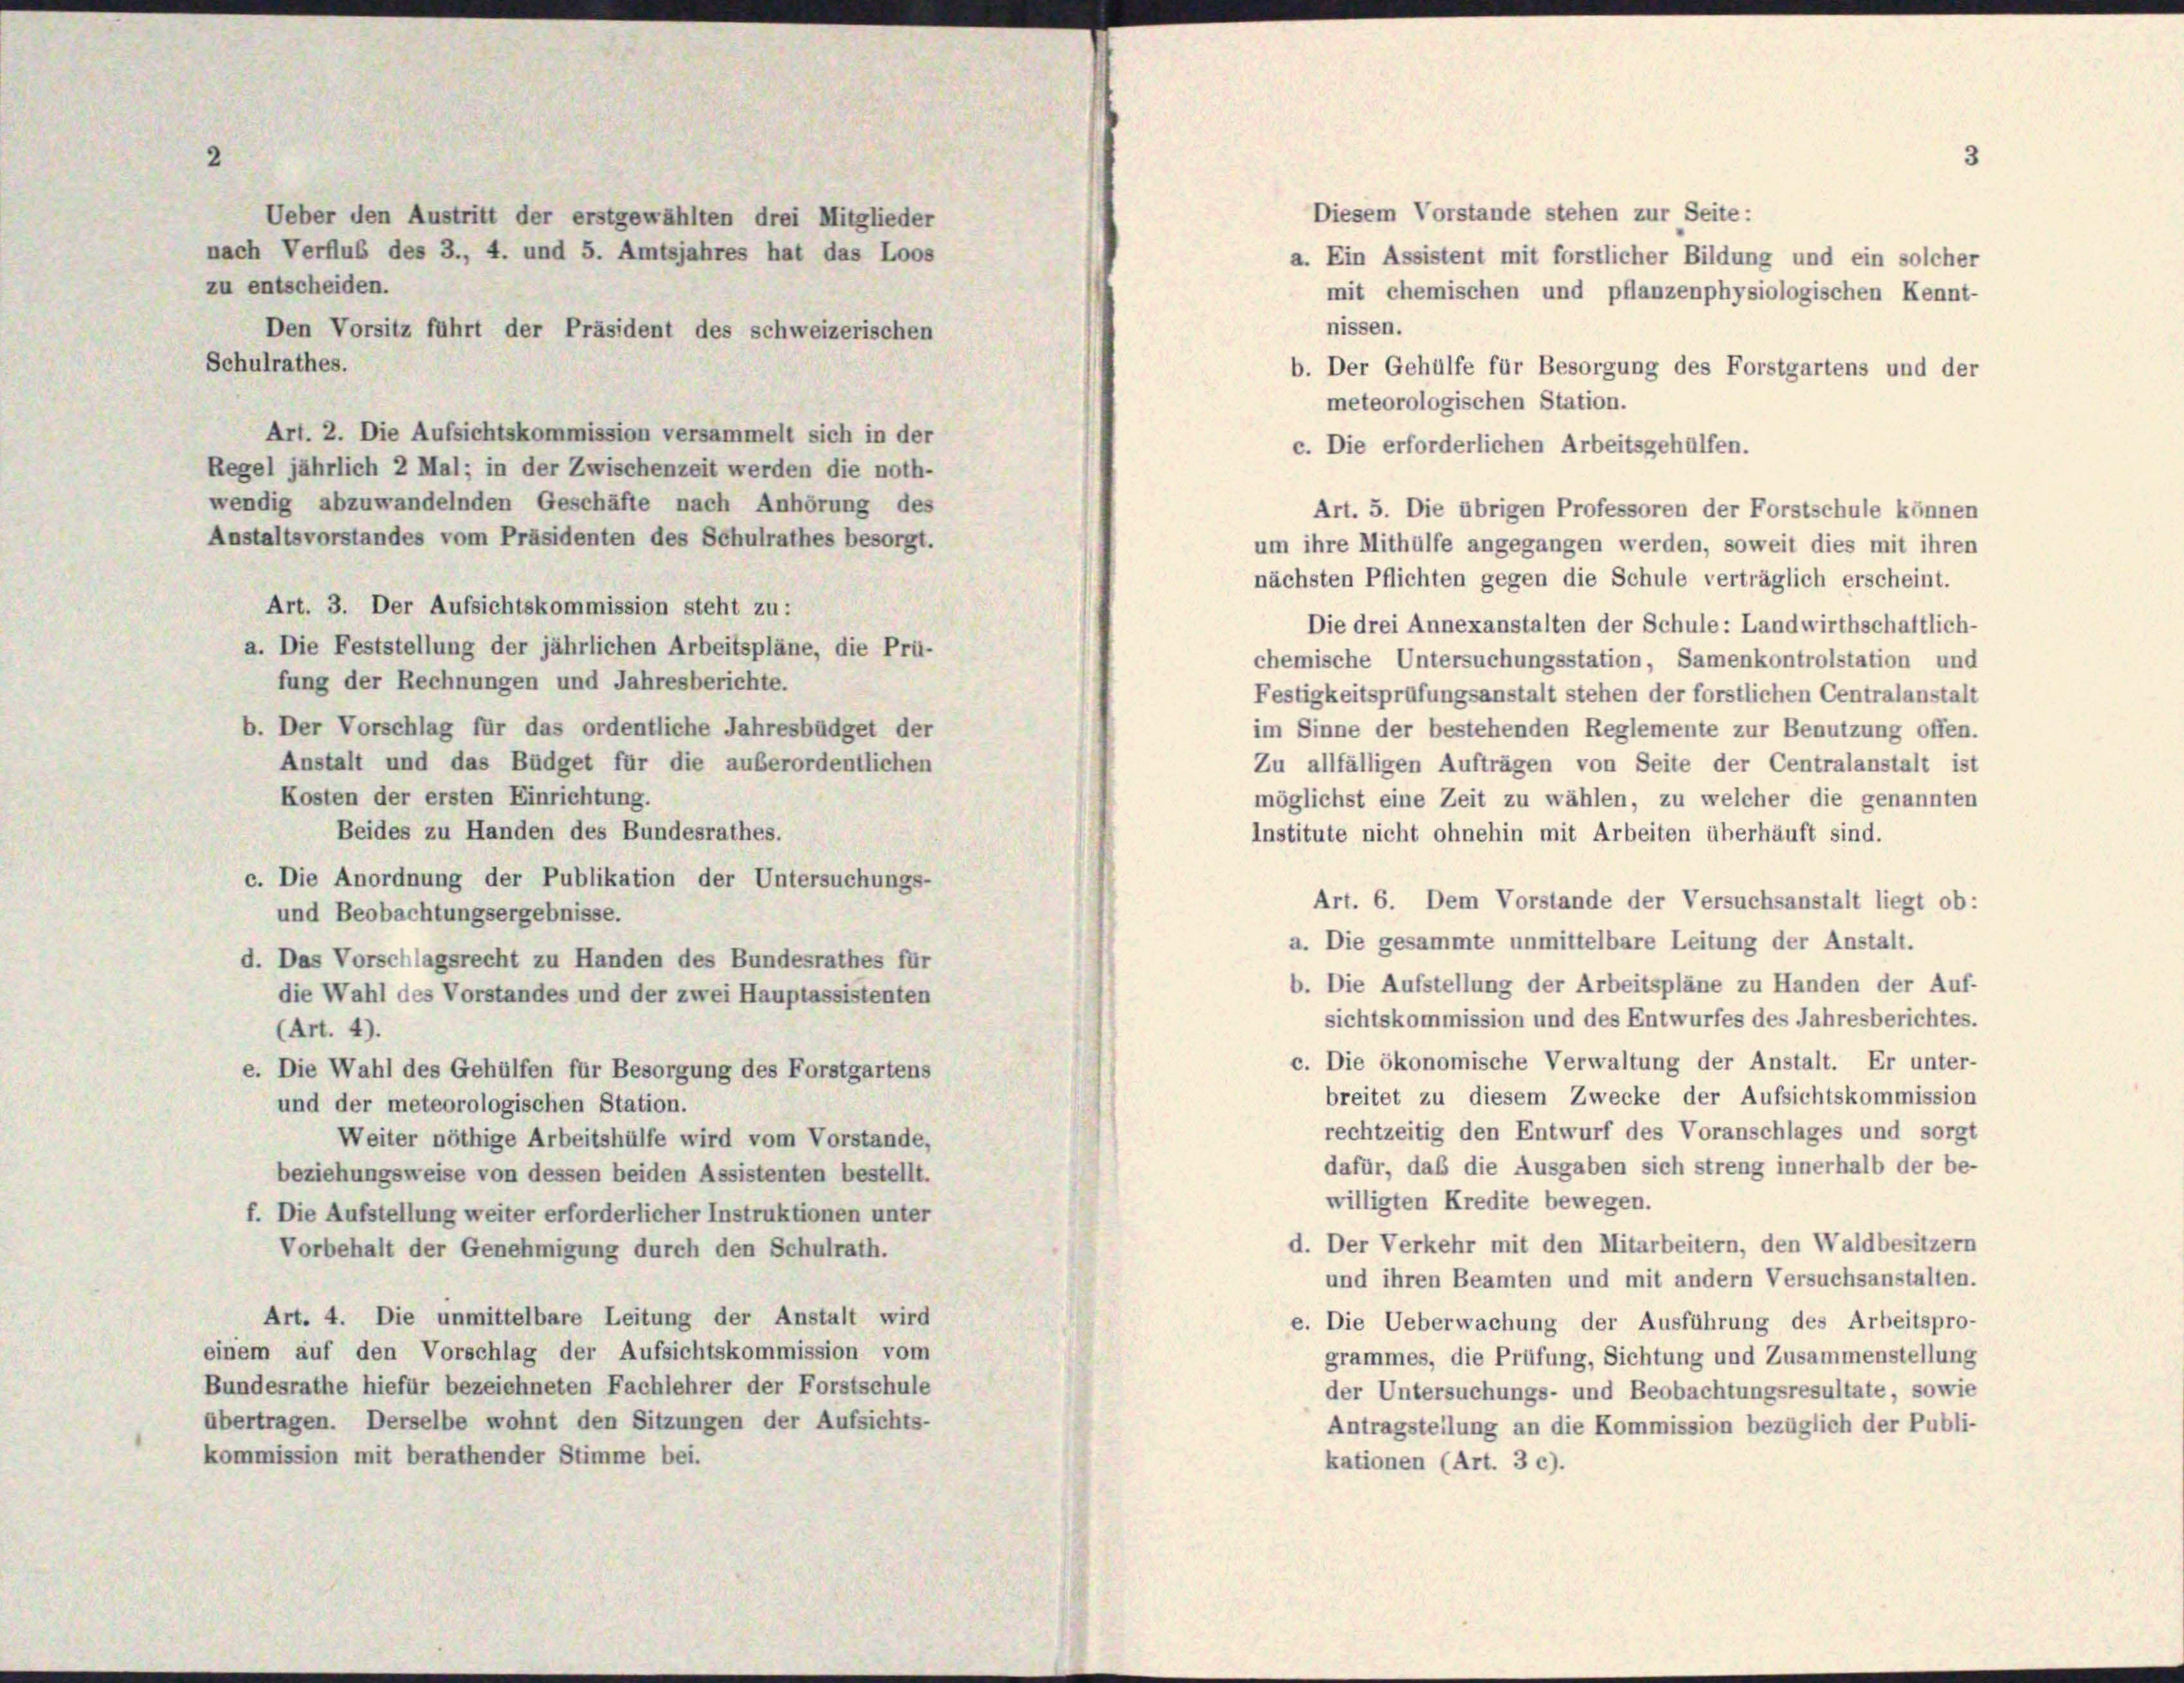
a. Ein Assistent mit forstlicher Bildung und ein solcher
mit chemischen und pflanzenphysiologischen Kennt-
nissen.
b. Der Gehülfe für Besorgung des Forstgartens und der
meteorologischen Station.
Art. 2. Die Aufsichtskommission versammelt sich in der
c. Die erforderlichen Arbeitsgehülfen.
Regel jährlich 2 Mal; in der Zwischenzeit werden die noth-
wendig abzuwandelnden Geschäfte nach Anhörung des
Art. 5. Die übrigen Professoren der Forstschule können
Anstaltsvorstandes vom Präsidenten des Schulrathes besorgt.
um ihre Mithülfe angegangen werden, soweit dies mit ihren
nächsten Pflichten gegen die Schule verträglich erscheint.
Art. 3. Der Aufsichtskommission steht zu :
Die drei Annexanstalten der Schule: Landwirthschaftlich-
a. Die Feststellung der jährlichen Arbeitspläne, die Prü-
chemische Untersuchungsstation, Samenkontrolstation und
fung der Rechnungen und Jahresberichte.
Festigkeitsprüfungsanstalt stehen der forstlichen Centralanstalt
b. Der Vorschlag für das ordentliche Jahresbüdget der
im Sinne der bestehenden Reglemente zur Benutzung offen.
Anstalt und das Büdget für die außerordentlichen
Zu allfälligen Aufträgen von Seite der Centralanstalt ist
Kosten der ersten Einrichtung.
möglichst eine Zeit zu wählen, zu welcher die genannten
Beides zu Handen des Bundesrathes.
Institute nicht ohnehin mit Arbeiten überhäuft sind.
c. Die Anordnung der Publikation der Untersuchungs-
Art. 6. Dem Vorstande der Versuchsanstalt liegt ob:
und Beobachtungsergebnisse.
a. Die gesammte unmittelbare Leitung der Anstalt.
d. Das Vorschlagsrecht zu Handen des Bundesrathes für
b. Die Aufstellung der Arbeitspläne zu Handen der Auf-
die Wahl des Vorstandes und der zwei Hauptassistenten
sichtskommission und des Entwurfes des Jahresberichtes.
(Art. 4).
c. Die ökonomische Verwaltung der Anstalt. Er unter-
e. Die Wahl des Gehülfen für Besorgung des Forstgartens
breitet zu diesem Zwecke der Aufsichtskommission
und der meteorologischen Station.
rechtzeitig den Entwurf des Voranschlages und sorgt
Weiter nöthige Arbeitshülfe wird vom Vorstande,
dafür, daß die Ausgaben sich streng innerhalb der be-
beziehungsweise von dessen beiden Assistenten bestellt.
willigten Kredite bewegen.
f. Die Aufstellung weiter erforderlicher Instruktionen unter
d. Der Verkehr mit den Mitarbeitern, den Waldbesitzern
Vorbehalt der Genehmigung durch den Schulrath.
und ihren Beamten und mit andern Versuchsanstalten.
Art. 4. Die unmittelbare Leitung der Anstalt wird
e. Die Ueberwachung der Ausführung des Arbeitspro-
einem auf den Vorschlag der Aufsichtskommission vom
grammes, die Prüfung, Sichtung und Zusammenstellung
Bundesrathe hiefür bezeichneten Fachlehrer der Forstschule
der Untersuchungs- und Beobachtungsresultate, sowie
übertragen. Derselbe wohnt den Sitzungen der Aufsichts-
Antragstellung an die Kommission bezüglich der Publi-
kommission mit berathender Stimme bei.
kationen (Art. 3 c).

Ueber den Austritt der erstgewählten drei Mitglieder
nach Verflub des 3., 4. und 5. Amtsjahres hat das Loos
zu entscheiden.
Den Vorsitz führt der Präsident des schweizerischen
Schulrathes.

Diesem Vorstände stehen zur Seite: